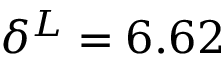
\delta ^ { L } = 6 . 6 2